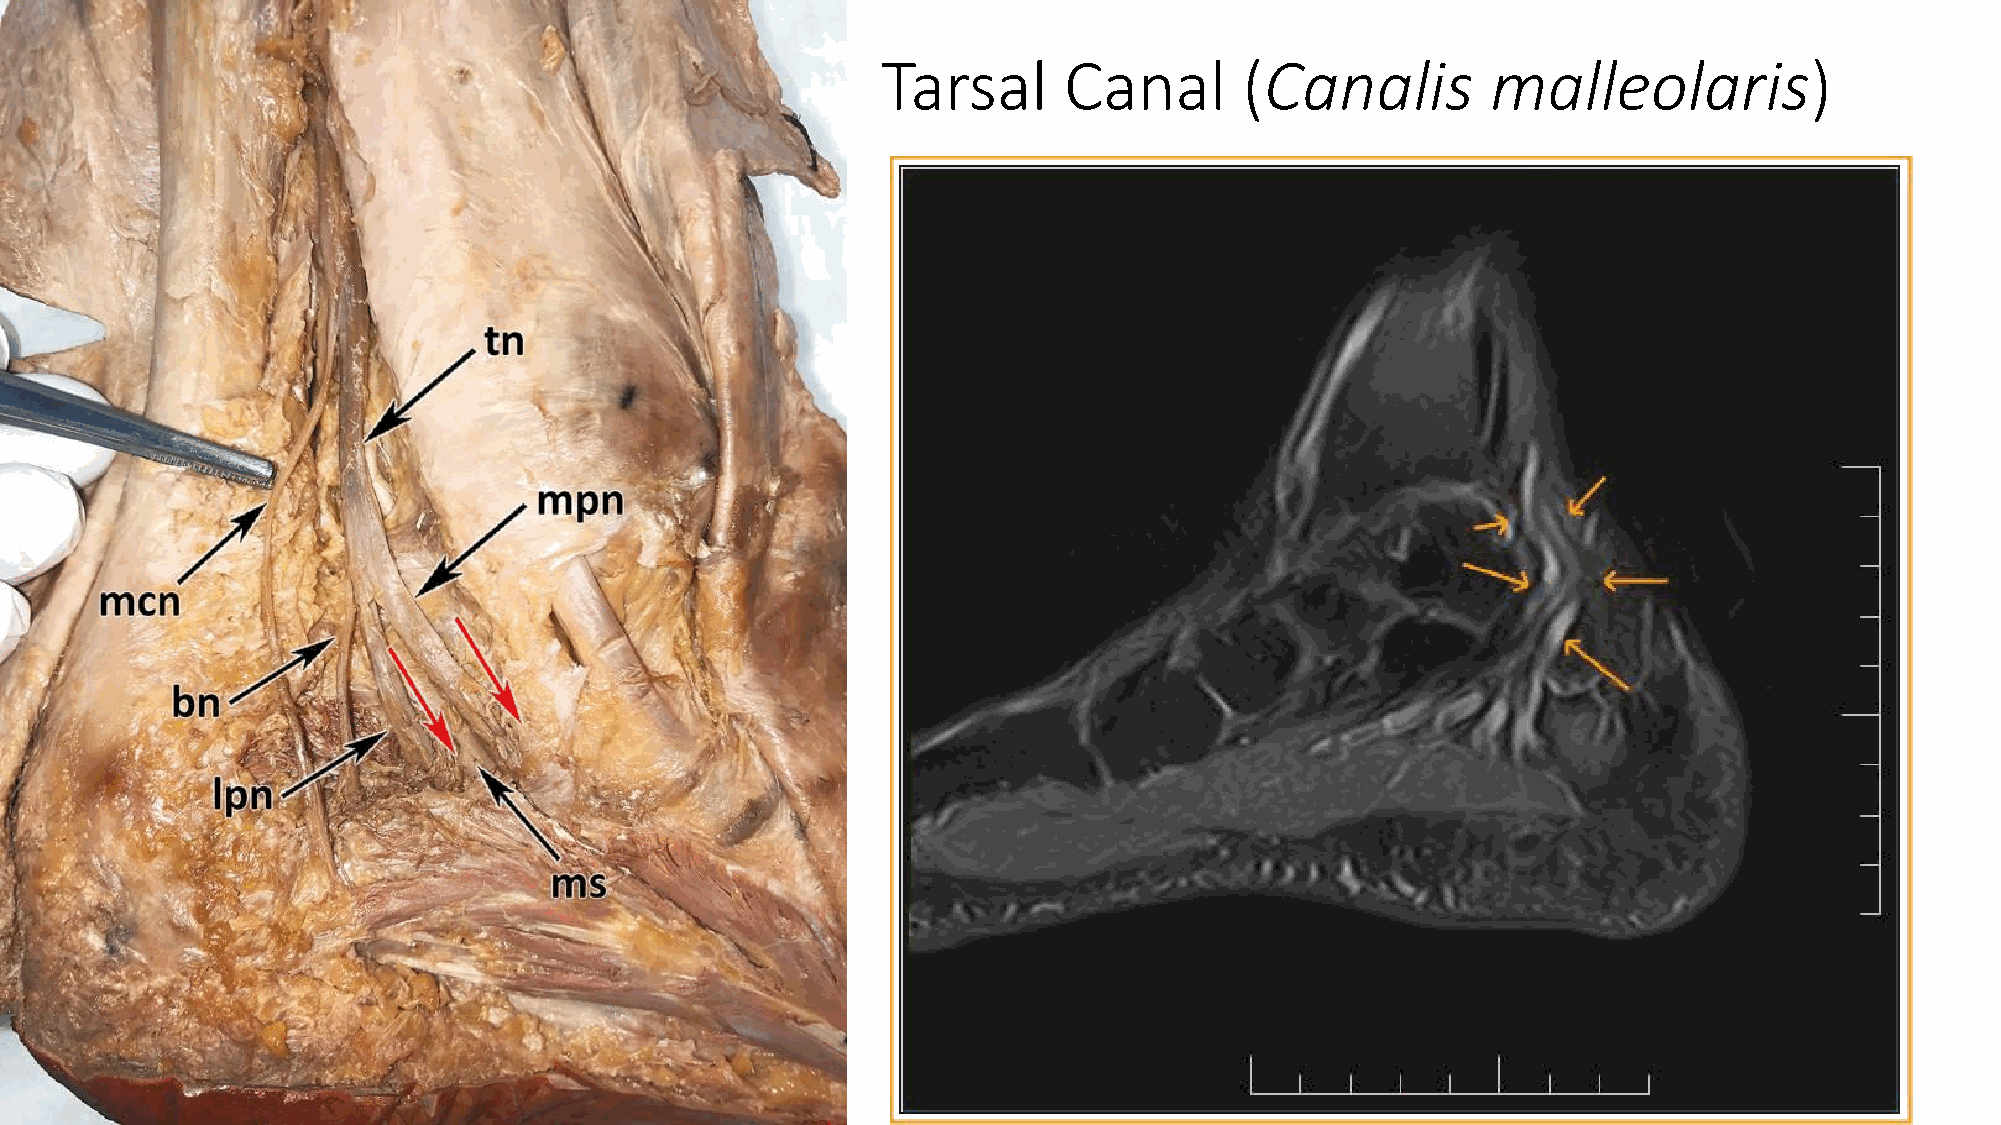
Tarsal      Canal       (Canalis         malleolaris)